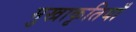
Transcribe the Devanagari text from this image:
मुखाकृतियाँ